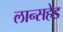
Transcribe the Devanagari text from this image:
लान्सहेड